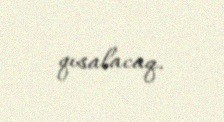
qısalacaq.